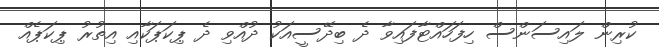
ކުރިން ލައިސަންސް ހިފަހައްޓާފައިވާ ދެ ބިދޭސީއަކު ދުއްވި ދެ ޕިކަޕަކާއި އިތުރު ޕިކަޕެއް